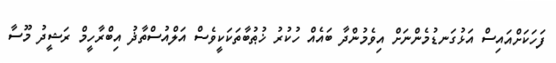
ފަހަކަށްއައިސް އަޅުގަނޑުމެންނަށް އިވެމުންދާ ބައެއް ހުކުރު ޚުޠުބާތަކަކީވެސް އަލްއުސްތާޛު އިބްރާހީމް ރަޝީދު މޫސާ